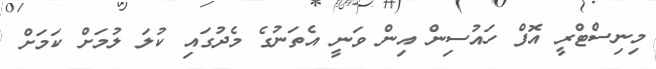
މިނިސްޓްރީ އޮފް ހައުސިން އިން ވަނީ އެތަނުގެ މެދުގައި ކުލަ ލުމަށް ކަމަށް